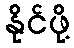
နိုင်ဖို့